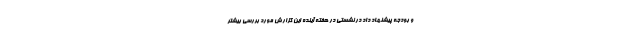
و بودجه پیشنهاد داد در نشستی در هفته آینده این گزارش مورد بررسی بیشتر